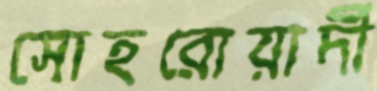
সোহরোয়ার্দী